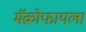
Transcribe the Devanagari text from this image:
मॅक्रोफायला